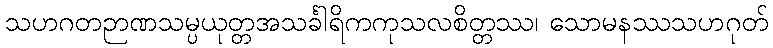
သဟဂတဉာဏသမ္ပယုတ္တအသင်္ခါရိကကုသလစိတ္တဿ၊ သောမနဿသဟဂုတ်